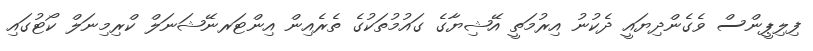
ފިލިޕީންސް ވެގެންދިޔައީ ދެކުނު އިރުމަތީ އޭޝިޔާގެ ގައުމުތަކުގެ ތެރެއިން އިންޓަރނޭޝަނަލް ކްރިމިނަލް ކޯޓުގައި